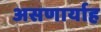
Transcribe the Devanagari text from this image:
असणार्याह